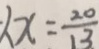
x = \frac { 2 0 } { 1 3 }